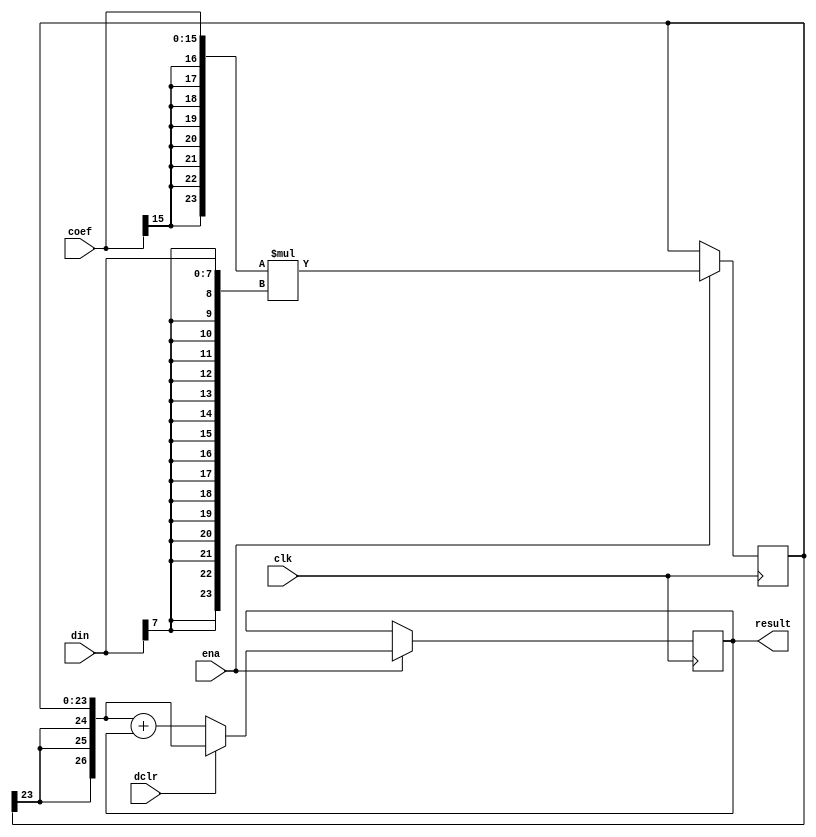
/////////////////////////////////////////////////////////////////////
////                                                             ////
////  Discrete Cosine Transform, MAC unit                        ////
////                                                             ////
////  Virtex-II: Block-Multiplier is used                        ////
////                                                             ////
////          richard@asics.ws                                   ////
////          www.asics.ws                                       ////
////                                                             ////
/////////////////////////////////////////////////////////////////////
////                                                             ////
//// Copyright (C) 2001 Richard Herveille                        ////
////                    richard@asics.ws                         ////
////                                                             ////
//// This source file may be used and distributed without        ////
//// restriction provided that this copyright statement is not   ////
//// removed from the file and that any derivative work contains ////
//// the original copyright notice and the associated disclaimer.////
////                                                             ////
////     THIS SOFTWARE IS PROVIDED ``AS IS'' AND WITHOUT ANY     ////
//// EXPRESS OR IMPLIED WARRANTIES, INCLUDING, BUT NOT LIMITED   ////
//// TO, THE IMPLIED WARRANTIES OF MERCHANTABILITY AND FITNESS   ////
//// FOR A PARTICULAR PURPOSE. IN NO EVENT SHALL THE AUTHOR      ////
//// OR CONTRIBUTORS BE LIABLE FOR ANY DIRECT, INDIRECT,         ////
//// INCIDENTAL, SPECIAL, EXEMPLARY, OR CONSEQUENTIAL DAMAGES    ////
//// (INCLUDING, BUT NOT LIMITED TO, PROCUREMENT OF SUBSTITUTE   ////
//// GOODS OR SERVICES; LOSS OF USE, DATA, OR PROFITS; OR        ////
//// BUSINESS INTERRUPTION) HOWEVER CAUSED AND ON ANY THEORY OF  ////
//// LIABILITY, WHETHER IN  CONTRACT, STRICT LIABILITY, OR TORT  ////
//// (INCLUDING NEGLIGENCE OR OTHERWISE) ARISING IN ANY WAY OUT  ////
//// OF THE USE OF THIS SOFTWARE, EVEN IF ADVISED OF THE         ////
//// POSSIBILITY OF SUCH DAMAGE.                                 ////
////                                                             ////
/////////////////////////////////////////////////////////////////////

//  CVS Log
//
//  $Id: dct_mac.v,v 1.3 2002/10/31 12:50:03 rherveille Exp $
//
//  $Date: 2002/10/31 12:50:03 $
//  $Revision: 1.3 $
//  $Author: rherveille $
//  $Locker:  $
//  $State: Exp $
//
// Change History:
//               $Log: dct_mac.v,v $
//               Revision 1.3  2002/10/31 12:50:03  rherveille
//               *** empty log message ***
//
//               Revision 1.2  2002/10/23 09:06:59  rherveille
//               Improved many files.
//               Fixed some bugs in Run-Length-Encoder.
//               Removed dependency on ud_cnt and ro_cnt.
//               Started (Motion)JPEG hardware encoder project.
//

//synopsys translate_off
//`include "timescale.v"
//synopsys translate_on

module dct_mac(clk, ena, dclr, din, coef, result);

	//
	// parameters
	//
	parameter dwidth = 8;
	parameter cwidth = 16;
	parameter mwidth = dwidth + cwidth;  // multiplier result
	parameter rwidth = mwidth +3;        // add 3 bits for growth

	//
	// inputs & outputs
	//
	input               clk;    // clock input
	input               ena;    // clock enable
	input               dclr;   // start new mac (delayed 1 cycle)
	input  [dwidth-1:0] din;    // data input
	input  [cwidth-1:0] coef;   // coefficient input
	output [rwidth-1:0] result; // mac-result
	reg [rwidth -1:0] result;

	//
	// variables
	//
	wire [mwidth-1:0] idin;
	wire [mwidth-1:0] icoef;

	reg  [mwidth -1:0] mult_res /* synthesis syn_multstyle="block_mult" syn_pipeline=1*/ ;
	wire [rwidth -1:0] ext_mult_res;


	//
	// module body
	//
	assign icoef = { {(mwidth-cwidth){coef[cwidth-1]}}, coef};
	assign idin  = { {(mwidth-dwidth){din[dwidth-1]}}, din};

	// generate multiplier structure
	always @(posedge clk)
	  if(ena)
	    mult_res <= #1 icoef * idin;

	assign ext_mult_res = { {3{mult_res[mwidth-1]}}, mult_res};

	// generate adder structure
	always @(posedge clk)
	  if(ena)
	    if(dclr)
	      result <= #1 ext_mult_res;
	    else
	      result <= #1 ext_mult_res + result;
endmodule